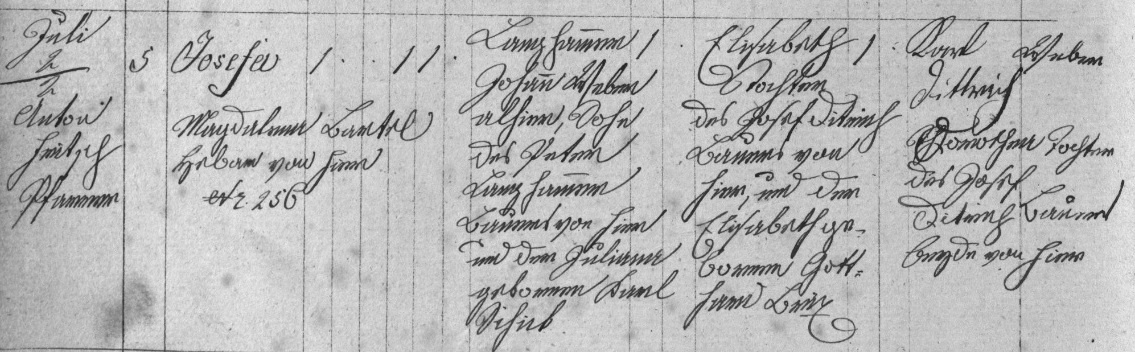
Langhammer
Johann Weber
alhier, Sohn
des Peter
Langhammer
Bauers von hier
und der Juliana
geborene Karl
Sihab

Juli
2/2
Anton
Fritsch
Pfarrer

Elisabeth
Tochter
des Josef Ditrich
Bauers von
hier, und der
Elisabeth ge¬
borene Gott¬
hard Brix

Karl Weber
Dittrich
Dorothea Tochter
des Josef
Ditrich Bauers
beyde von hier

Josefa
Magdalena Bartel
Hebam von hier
№ 25b

5